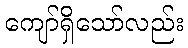
ကျော်ရှိသော်လည်း